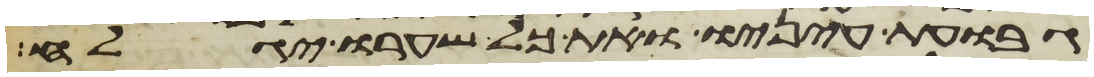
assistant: גבות עיניו ואת כל שערו יגלח